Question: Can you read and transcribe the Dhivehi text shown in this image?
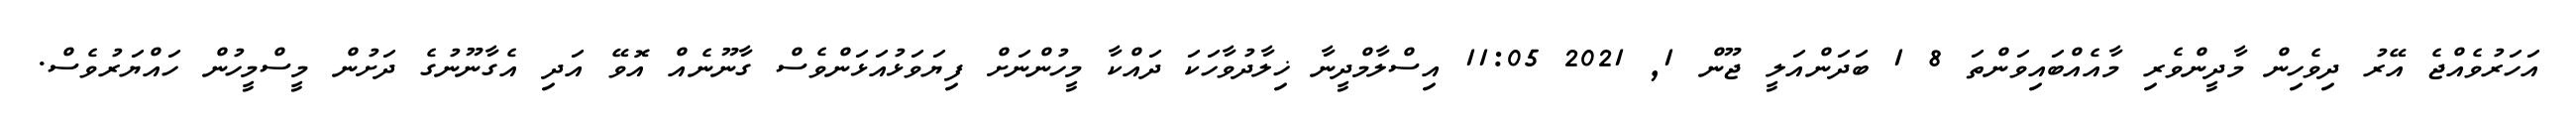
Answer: އަހަރުވެއްޖެ އޭރު ދިވެހިން މާދީންވެރި މާއެއްބައިވަންތަ 8 1 ބަދަންއަލީ ޖޫން 1, 2021 11:05 އިސްލާމްދީނާ ޚިލާދުވާހަކަ ދައްކާ މީހުންނަށް ފިޔަވަޅުއަޅަންވެސް ގާނޫނެއް އޮވޭ އަދި އެގާނޫނުގެ ދަށުން މީސްމީހުން ހައްޔަރުވެސް.